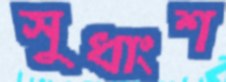
সুধাংশ